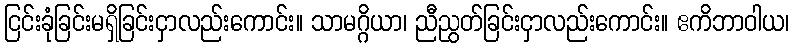
ငြင်းခုံခြင်းမရှိခြင်းငှာလည်းကောင်း။ သာမဂ္ဂိယာ၊ ညီညွတ်ခြင်းငှာလည်းကောင်း။ ဧကိဘာဝါယ၊